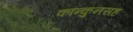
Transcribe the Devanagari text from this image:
कान्कुनसह